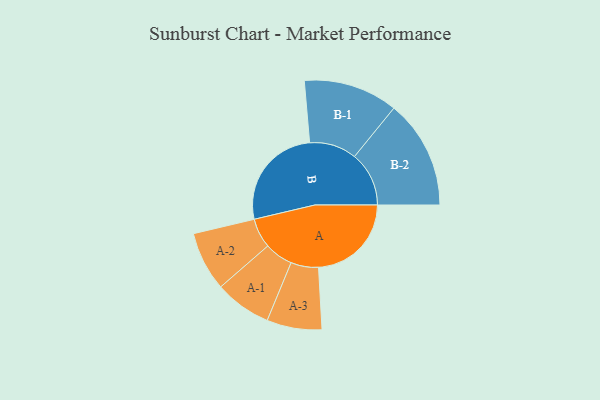
{"axis": {"x": "Segment", "y": "Value"}, "legend": ["", "A", "B"], "data": [{"x": "A", "y": 435, "type": ""}, {"x": "B", "y": 493, "type": ""}, {"x": "A-1", "y": 133, "type": "A"}, {"x": "A-2", "y": 139, "type": "A"}, {"x": "A-3", "y": 129, "type": "A"}, {"x": "B-1", "y": 221, "type": "B"}, {"x": "B-2", "y": 255, "type": "B"}]}